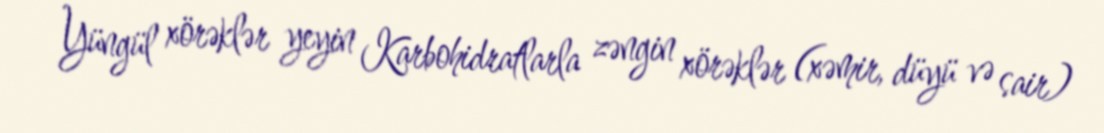
Yüngül xörəklər yeyin Karbohidratlarla zəngin xörəklər (xəmir, düyü və sair)